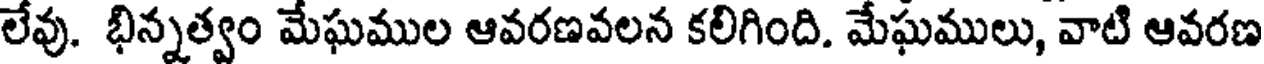
లేవు. భిన్నత్వం మేఘముల ఆవరణవలన కలిగింది. మేఘములు, వాటి ఆవరణ